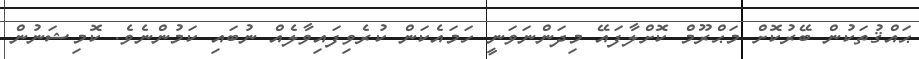
ޙައްޤުތަކުން ބޭރުކޮށް މަޙްރޫމް ކޮށްލާފައޭ މިދަންނަވަނީ ހަމައެކަން ކުރެވިފައިވާލެއް ނުބައި ކަމުންނެވެ. ކޮމިޝަނުން